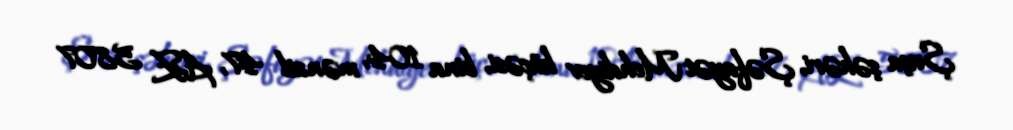
Şuşa şəhəri, Şəfayət Mehdiyev küçəsi, bina 104, mənzil 47, AZ 5807